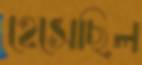
হেসেছিল